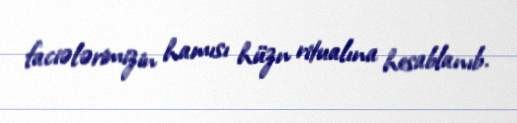
faciələrimizin hamısı hüzn ritualına hesablanıb.